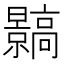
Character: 䯫